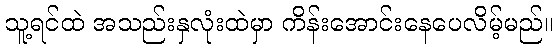
သူ့ရင်ထဲ အသည်းနှလုံးထဲမှာ ကိန်းအောင်းနေပေလိမ့်မည်။